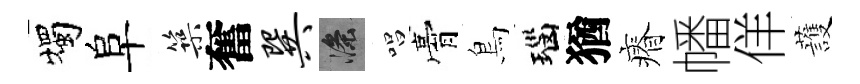
燭阜築奮巽滌唱膏鳥瑙猶瘠幡佯䕶